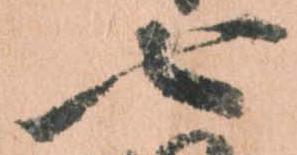
七